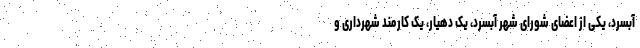
آبسرد، یکی از اعضای شورای شهر آبسرد، یک دهیار، یک کارمند شهرداری و